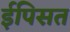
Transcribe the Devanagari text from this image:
ईपिसत